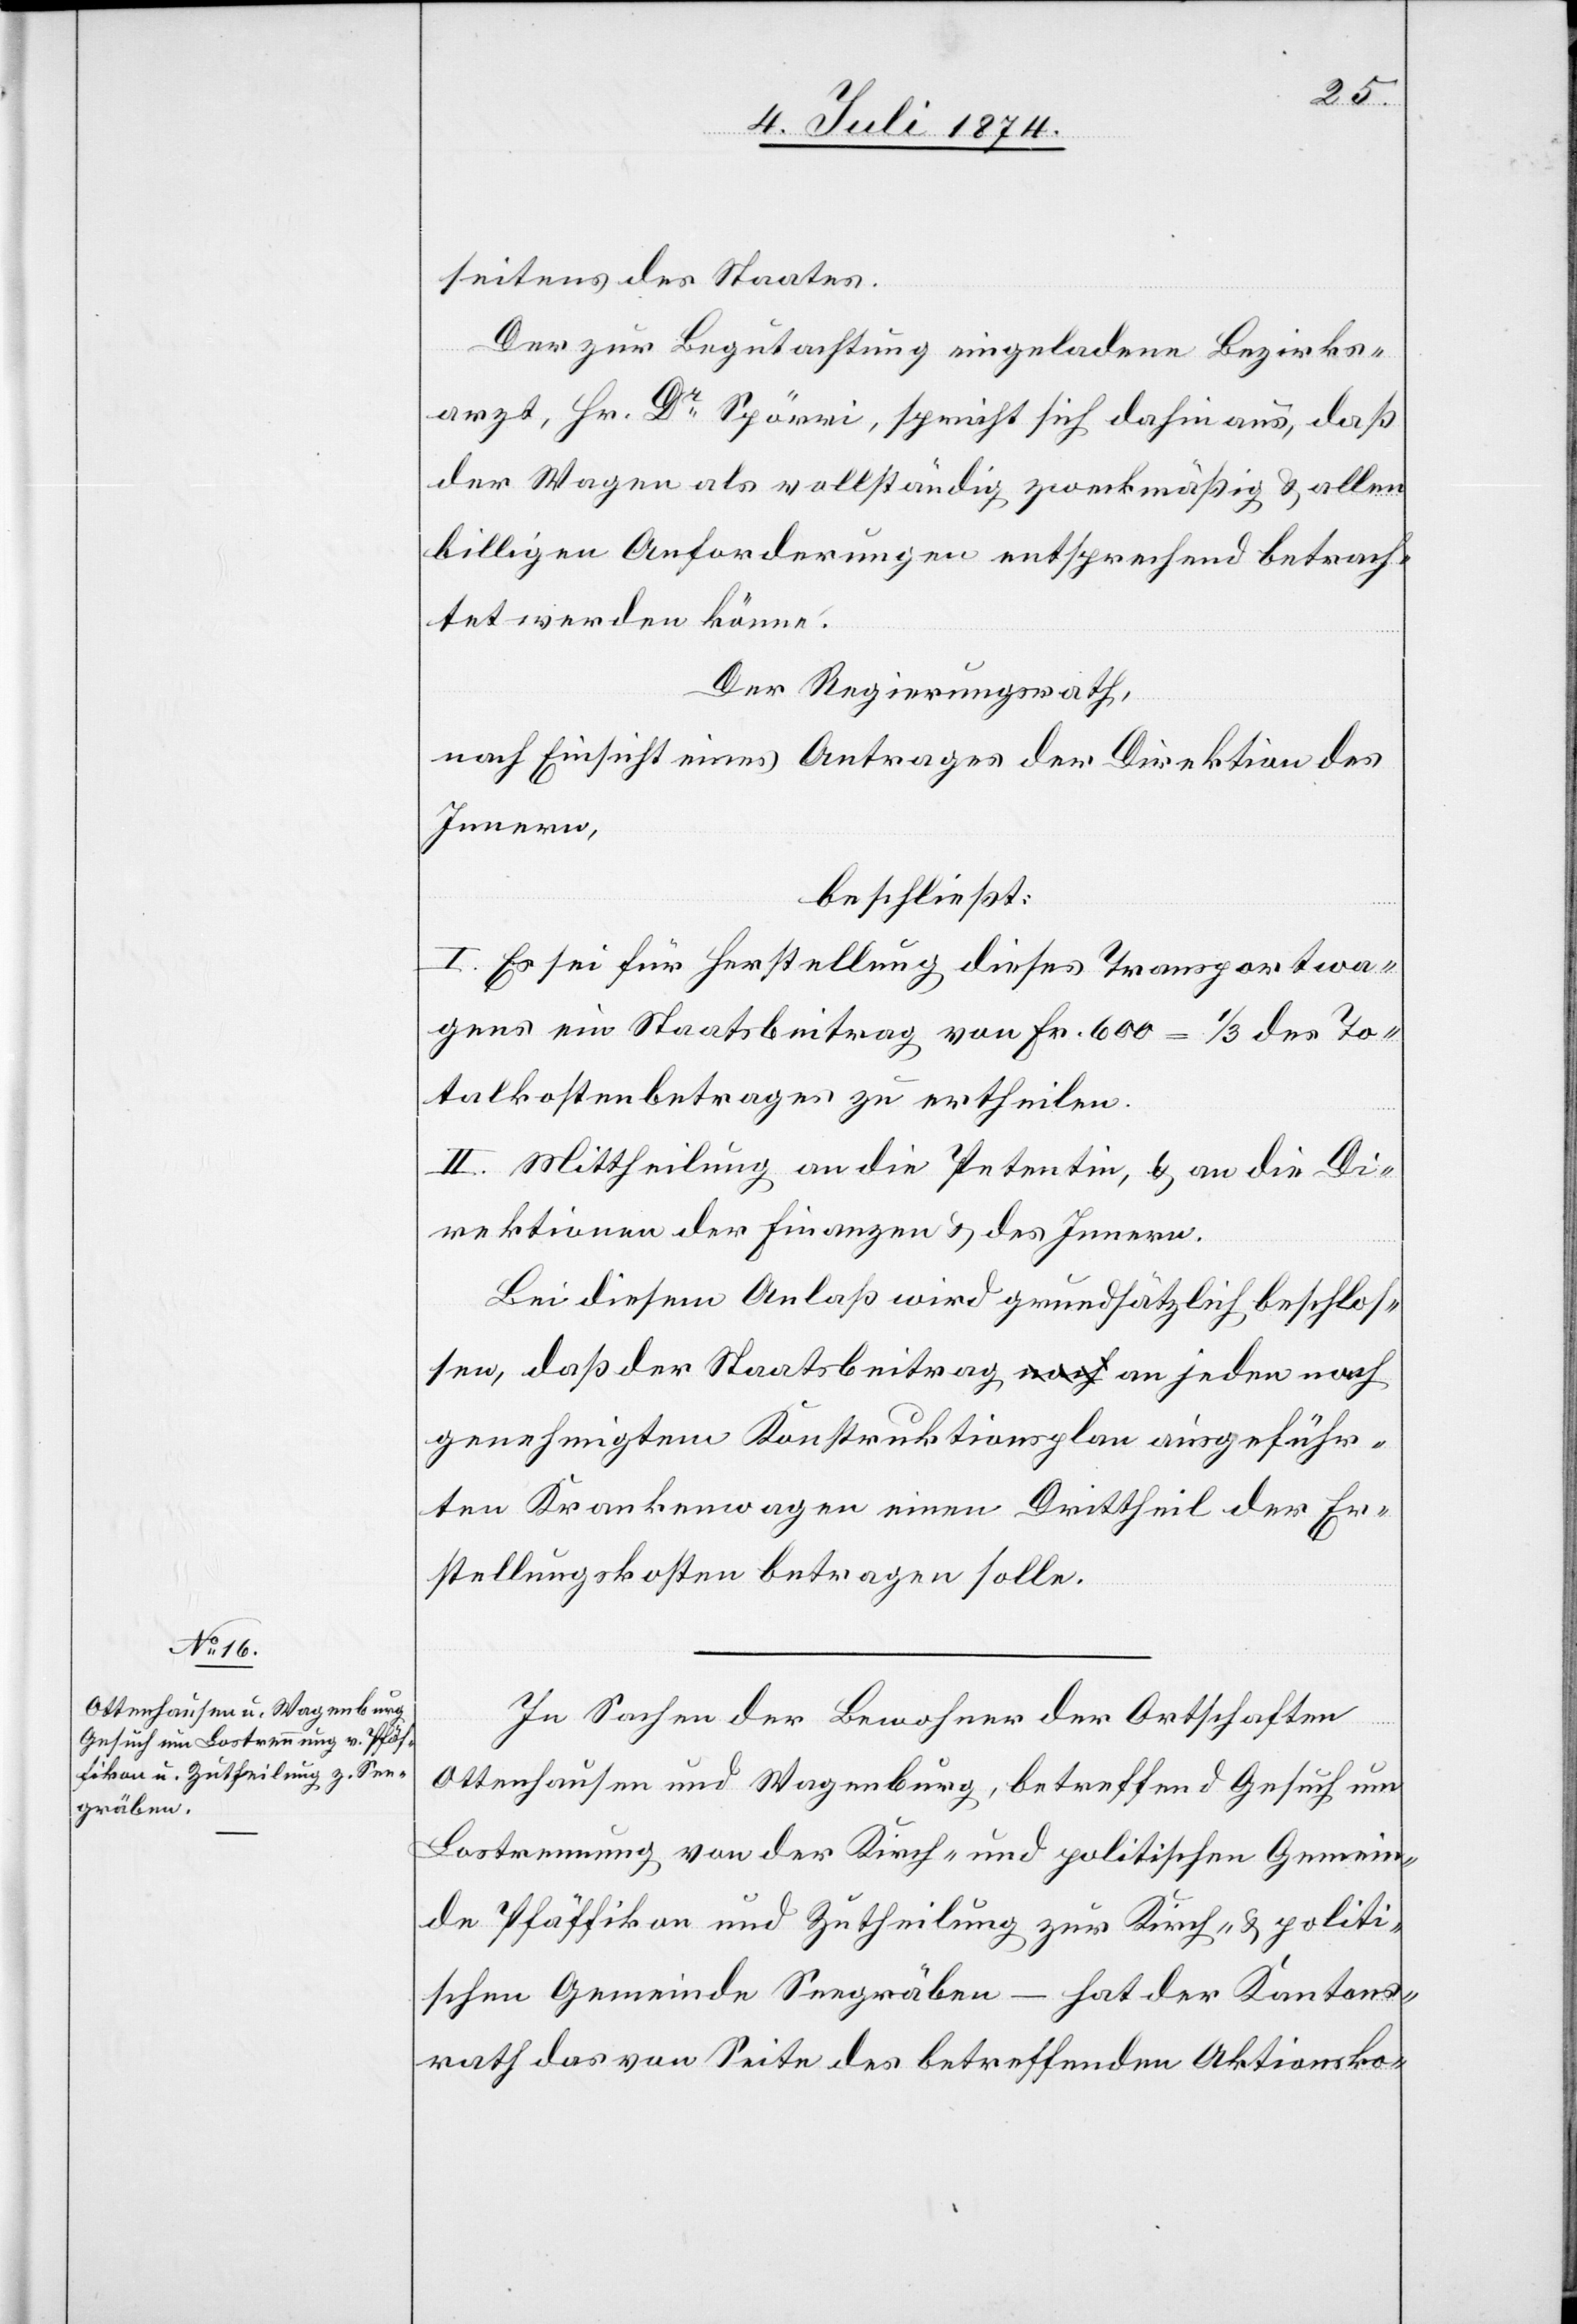
seitens des Staates.
Der zur Begutachtung eingeladene Bezirks¬
arzt, Hr. Dr Spörri, spricht sich dahin aus, daß
der Wagen als vollständig zweckmäßig u. allen
billigen Anforderungen entsprechend betrach¬
tet werden könne.
Der Regierungsrath,
nach Einsicht eines Antrages der Direktion des
Innern,
beschließt:
I. Es sei für Herstellung dieses Transportwa¬
gens ein Staatsbeitrag von Fr. 600 = 1/3 des To¬
talkostenbetrages zu ertheilen.
II. Mittheilung an die Petentin, u. an die Di¬
rektionen der Finanzen u. des Innern.
Bei diesem Anlaß wird grundsätzlich beschlos¬
sen, daß der Staatsbeitrag an jeden nach
genehmigtem Konstruktionsplan ausgeführ¬
ten Krankenwagen einen Drittheil der Er¬
stellungskosten betragen solle.
In Sachen der Bewohner der Ortschaften
Ottenhausen und Wagenburg, betreffend Gesuch um
Lostrennung von der Kirch- und politischen Gemein¬
de Pfäffikon und Zutheilung zur Kirch- u. politi¬
schen Gemeinde Seegräben – hat der Kantons¬
rath das von Seite des betreffenden Aktionsko-